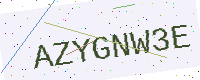
Text: AZYGNW3E